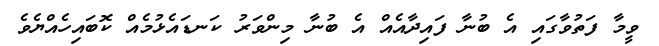
ވީމާ ފަތުވާގައި އެ ބުނާ ފައިދާއެއް އެ ބުނާ މިންވަރު ކަނޑައެޅުމެއް ކޮބައިހެއްޔެވެ